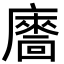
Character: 𢋢